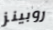
روبينز